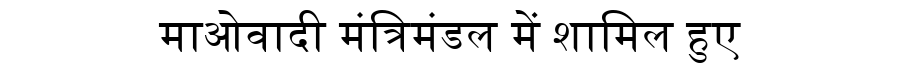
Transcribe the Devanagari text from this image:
माओवादी मंत्रिमंडल में शामिल हुए